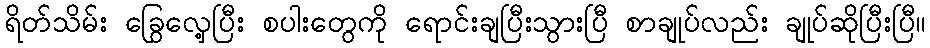
ရိတ်သိမ်း ခြွေလှေ့ပြီး စပါးတွေကို ရောင်းချပြီးသွားပြီ စာချုပ်လည်း ချုပ်ဆိုပြီးပြီ။